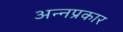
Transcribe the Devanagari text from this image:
अन्नप्रकार